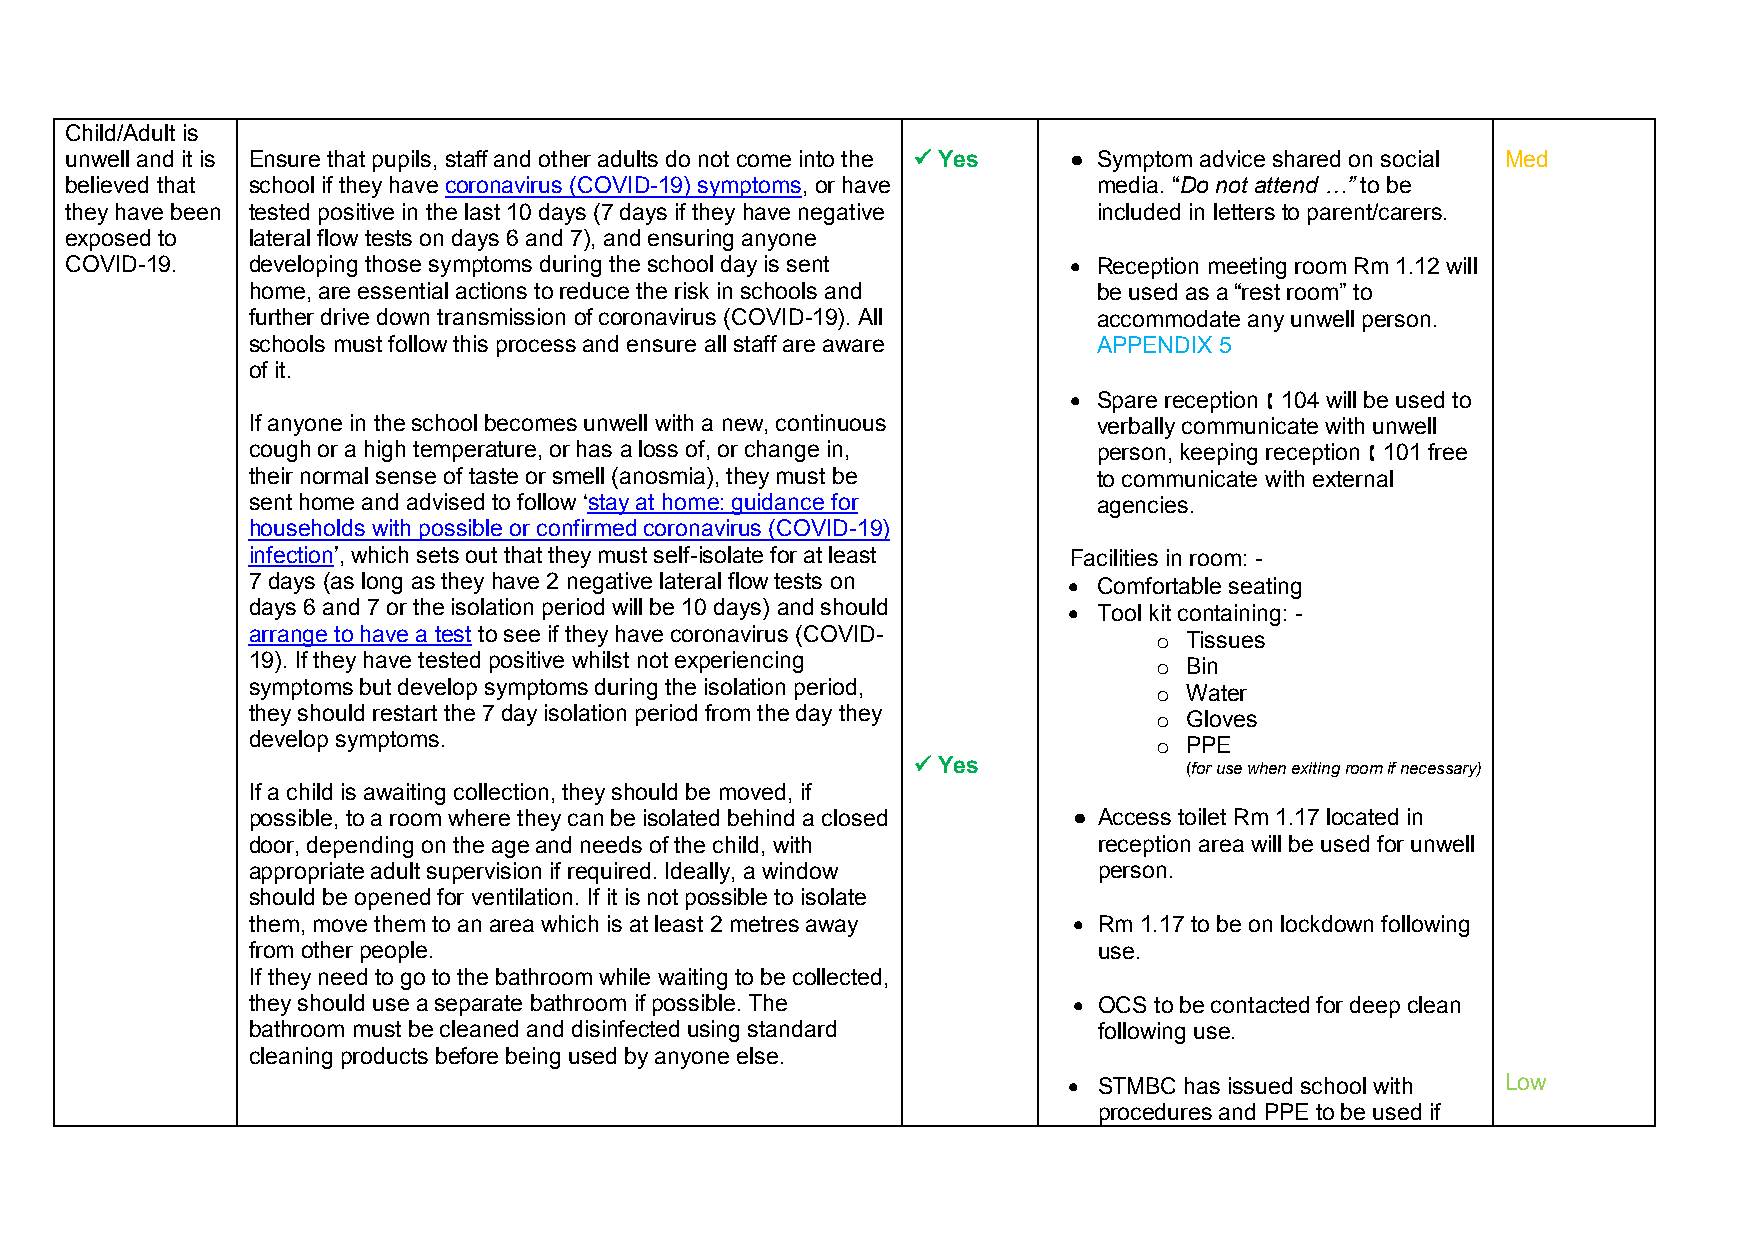
Child/Adult is
 unwell and it is Ensure that pupils, staff and other adults do not come into the  Yes ● Symptom advice shared on social Med
 believed that school if they have coronavirus (COVID-19) symptoms, or have media. “Do not attend …” to be
 they have been tested positive in the last 10 days (7 days if they have negative included in letters to parent/carers.
 exposed to  lateral flow tests on days 6 and 7), and ensuring anyone
 COVID-19.   developing those symptoms during the school day is sent  Reception meeting room Rm 1.12 will
 home, are essential actions to reduce the risk in schools and be used as a “rest room” to
 further drive down transmission of coronavirus (COVID-19). All accommodate any unwell person.
 schools must follow this process and ensure all staff are aware APPENDIX 5
 of it.
  Spare reception  104 will be used to
 If anyone in the school becomes unwell with a new, continuous verbally communicate with unwell
 cough or a high temperature, or has a loss of, or change in, person, keeping reception  101 free
 their normal sense of taste or smell (anosmia), they must be to communicate with external
 sent home and advised to follow ‘stay at home: guidance for agencies.
 households with possible or confirmed coronavirus (COVID-19)
 infection’, which sets out that they must self-isolate for at least Facilities in room: -
 7 days (as long as they have 2 negative lateral flow tests on  Comfortable seating
 days 6 and 7 or the isolation period will be 10 days) and should  Tool kit containing: -
 arrange to have a test to see if they have coronavirus (COVID- o Tissues
 19). If they have tested positive whilst not experiencing    o Bin
 symptoms but develop symptoms during the isolation period,   o Water
 they should restart the 7 day isolation period from the day they o Gloves
 develop symptoms.                                            o PPE
  Yes             (for use when exiting room if necessary)
 If a child is awaiting collection, they should be moved, if
 possible, to a room where they can be isolated behind a closed ● Access toilet Rm 1.17 located in
 door, depending on the age and needs of the child, with  reception area will be used for unwell
 appropriate adult supervision if required. Ideally, a window person.
 should be opened for ventilation. If it is not possible to isolate
 them, move them to an area which is at least 2 metres away  Rm 1.17 to be on lockdown following
 from other people.                                       use.
 If they need to go to the bathroom while waiting to be collected,
 they should use a separate bathroom if possible. The    OCS to be contacted for deep clean
 bathroom must be cleaned and disinfected using standard  following use.
 cleaning products before being used by anyone else.
  STMBC has issued school with Low
 procedures and PPE to be used if